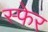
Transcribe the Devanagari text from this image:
स्फेर